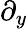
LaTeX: \partial_{y}